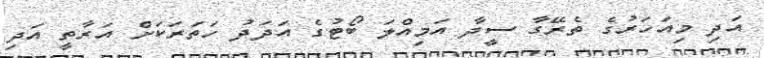
އަދި މިއަހަރުގެ ތެރޭގާ ސީދާ އަމިއްލަ ބޯޓުގެ އަދަދު ހަތަރަކަށް އަރާތީ އަދި